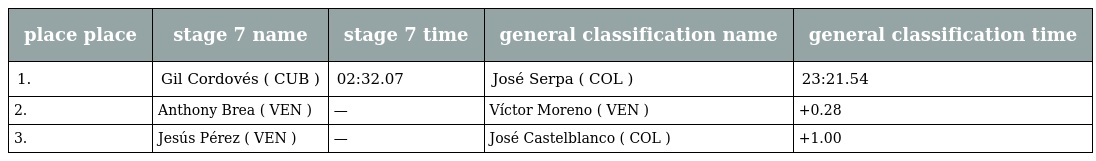
| place place | stage 7 name | stage 7 time | general classification name | general classification time |
 | --- | --- | --- | --- | --- |
 | 1. | Gil Cordovés ( CUB ) | 02:32.07 | José Serpa ( COL ) | 23:21.54 |
 | 2. | Anthony Brea ( VEN ) | — | Víctor Moreno ( VEN ) | +0.28 |
 | 3. | Jesús Pérez ( VEN ) | — | José Castelblanco ( COL ) | +1.00 |